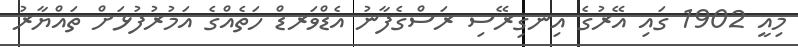
މިއީ 1902 ގައި އޭރުގެ އިނގިރޭސި ރަސްގެފާނު އެޑްވަރޑް ހަތެއްގެ އަމުރުފުޅަށް ތައްޔާރު